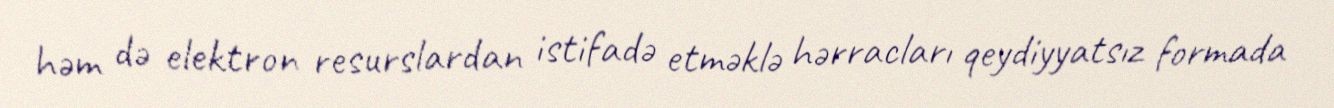
həm də elektron resurslardan istifadə etməklə hərracları qeydiyyatsız formada